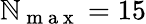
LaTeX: \mathbb{N}_{\mathrm{{~m~a~x~}}}=15